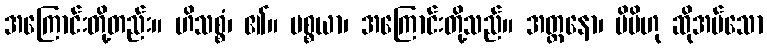
အကြောင်းတို့တည်း။ ဟိသစ္စံ၊ ၏။ ပစ္စယာ၊ အကြောင်းတို့သည်။ အတ္တနော၊ မိမိဟု ဆိုအပ်သော